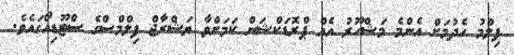
ފިލްމު ހެދުމަށް އެންމެ މަޝްހޫރު އެއް ޕްރޮޑަކްޝަން ކަމަށްވާ ޔަޝްރާޖް ފިލްމްސްގެ ސްޓޫޑިއޯގައެވެ.